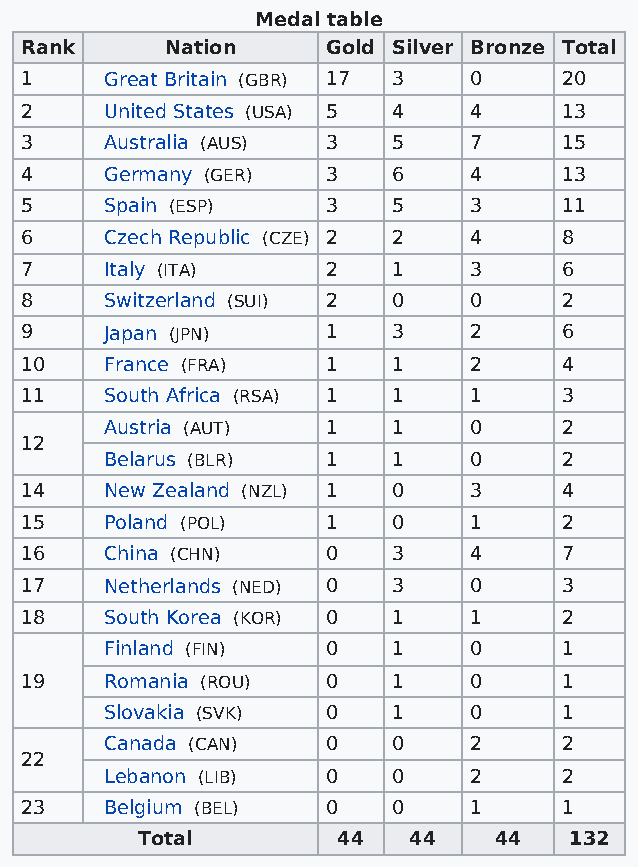
Medal table
 Rank      Nation     Gold Silver Bronze Total
 1     Great Britain (GBR) 17 3 0    20
 2     United States (USA) 5 4 4     13
 3     Australia (AUS) 3  5    7     15
 4     Germany (GER)  3   6    4     13
 5     Spain (ESP)    3   5    3     11
 6     Czech Republic (CZE) 2 2 4    8
 7     Italy (ITA)    2   1    3     6
 8     Switzerland (SUI) 2 0   0     2
 9     Japan (JPN)    1   3    2     6
 10    France (FRA)   1   1    2     4
 11    South Africa (RSA) 1 1  1     3
 Austria (AUT)  1   1    0     2
 12
 Belarus (BLR)  1   1    0     2
 14    New Zealand (NZL) 1 0   3     4
 15    Poland (POL)   1   0    1     2
 16    China (CHN)    0   3    4     7
 17    Netherlands (NED) 0 3   0     3
 18    South Korea (KOR) 0 1   1     2
 Finland (FIN)  0   1    0     1
 19    Romania (ROU)  0   1    0     1
 Slovakia (SVK) 0   1    0     1
 Canada (CAN)   0   0    2     2
 22
 Lebanon (LIB)  0   0    2     2
 23    Belgium (BEL)  0   0    1     1
 Total        44   44    44   132